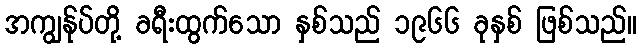
အကျွန်ုပ်တို့ ခရီးထွက်သော နှစ်သည် ၁၉၆၆ ခုနှစ် ဖြစ်သည်။